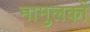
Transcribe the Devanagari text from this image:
मामुलकों